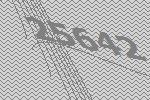
25642